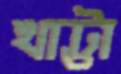
খাট্টা